Indian journal of veterinary science and animal husbandry - Volumes 22-23, 1952-1953
Year: 1952
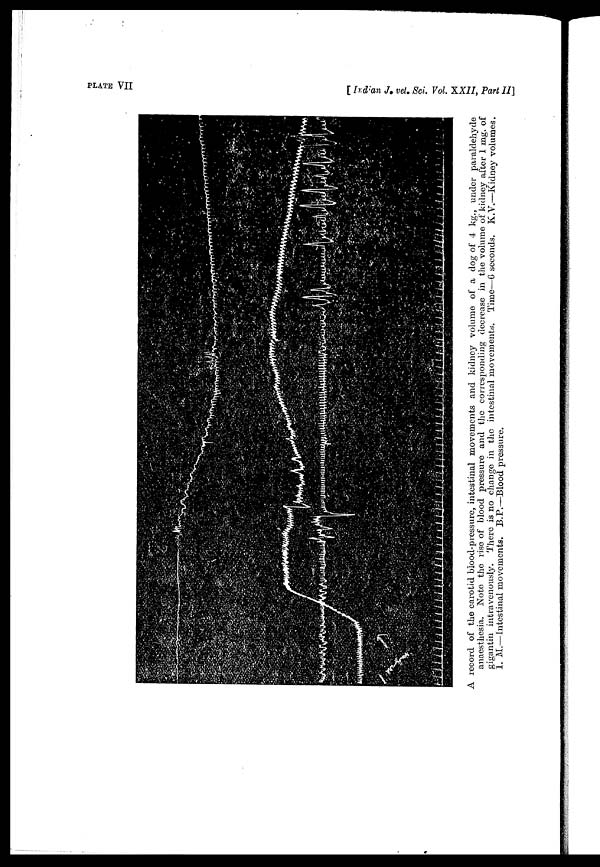
PLATE VII
[Indian
J.
vet.
Sci.
Vol.
XXII,
part
II]
A record of the carotid blood-pressure, intestinal movements and kidney volume of a dog of 4 kg., under paraldehyde
anaesthesia. Note the rise of blood pressure and the corresponding decrease in the volume of kidney after 1 mg. of
gigantin intravenously. There is no change in the intestinal movements. Time—6 seconds. K.V.—Kidney volumes.
I. M.—Intestinal movements. B.P.—Blood pressure.